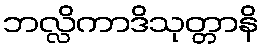
ဘလ္လိကာဒိသုတ္တာနိ